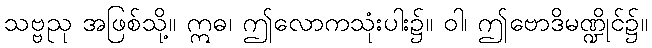
သဗ္ဗညု အဖြစ်သို့။ ဣဓ၊ ဤလောကသုံးပါး၌။ ဝါ၊ ဤဗောဒိမဏ္ဍိုင်၌။